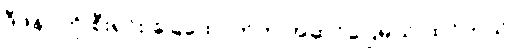
ဒီဖိနပ်ကို စီးရင်း ခြေထောက်က အဆင်ပြေမယ် ထင်တယ်။